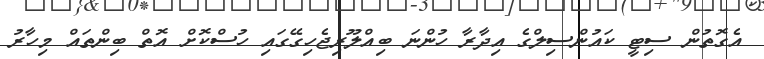
އެގޮތުން ސިޓީ ކައުންސިލްގެ އިދާރާ ހުންނަ ބިއްލޫރިޖެހިގޭގައި ހުސްކޮށް އޮތް ބިންތައް މިހާރު